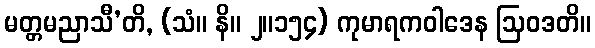
မတ္တမညာသီ’တိ, (သံ။ နိ။ ၂။၁၅၄) ကုမာရကဝါဒေန ဩဝဒတိ။